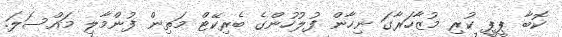
ކޮބާ ޕީޕީ ކުރި މުޒާހަރާގަ ނިހާން ފުލުހުންގެ ބެރިކޭޓް މަތިން ފުންމާލި މައްސަލަ.